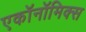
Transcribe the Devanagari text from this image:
एकॉनॉमिक्स